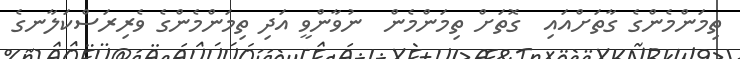
ތިމަންމެންގެ ގާތަށްއައި  ގޮތަށް ތިމަންމެން  ނުވާންވީ އަދި ތިމަންމެންގެ ވެރިރަސްކަލާނގެ